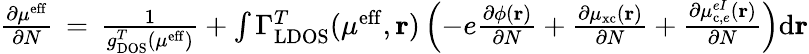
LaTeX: \begin{array}{r}{\frac{\partial\mu^{\mathrm{eff}}}{\partial N}\, =\, \frac{1}{g_{\mathrm{DOS}}^{T}(\mu^{\mathrm{eff}})}+\int\Gamma_{\mathrm{LDOS}}^{T}(\mu^{\mathrm{eff}},\mathbf{r})\left(-e\frac{\partial\phi(\mathbf{r})}{\partial N}+\frac{\partial\mu_{\mathrm{xc}}(\mathbf{r})}{\partial N}+\frac{\partial\mu_{\mathrm{c},e}^{eI}(\mathbf{r})}{\partial N}\right)\mathrm{d}\mathbf{r}}\end{array}